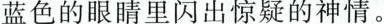
蓝色的眼睛里闪出惊疑的神情。